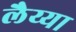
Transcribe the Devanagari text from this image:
लैय्या